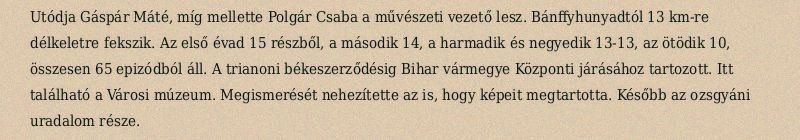
Utódja Gáspár Máté, míg mellette Polgár Csaba a művészeti vezető lesz. Bánffyhunyadtól 13 km-re délkeletre fekszik. Az első évad 15 részből, a második 14, a harmadik és negyedik 13-13, az ötödik 10, összesen 65 epizódból áll. A trianoni békeszerződésig Bihar vármegye Központi járásához tartozott. Itt található a Városi múzeum. Megismerését nehezítette az is, hogy képeit megtartotta. Később az ozsgyáni uradalom része.